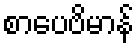
စာပေဗိမာန်